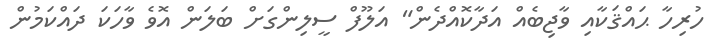
ހުރިހާ ޙައްޤަކާއި ވާޖިބެއް އަދާކޮއްދެން" އަލޫފް ސީލިންގަށް ބަލަން އޮވެ ވާހަކަ ދައްކަމުން